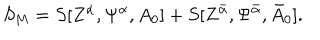
LaTeX: S _ { M } = S [ Z ^ { \alpha } , \Psi ^ { \alpha } , A _ { 0 } ] + S [ Z ^ { { \bar { \alpha } } } , \Psi ^ { { \bar { \alpha } } } , { \bar { A } } _ { 0 } ] .